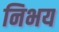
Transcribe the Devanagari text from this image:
निभय